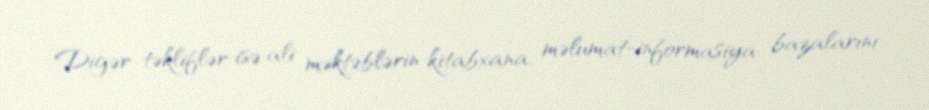
Digər təkliflər isə ali məktəblərin kitabxana, məlumat-informasiya bazalarını